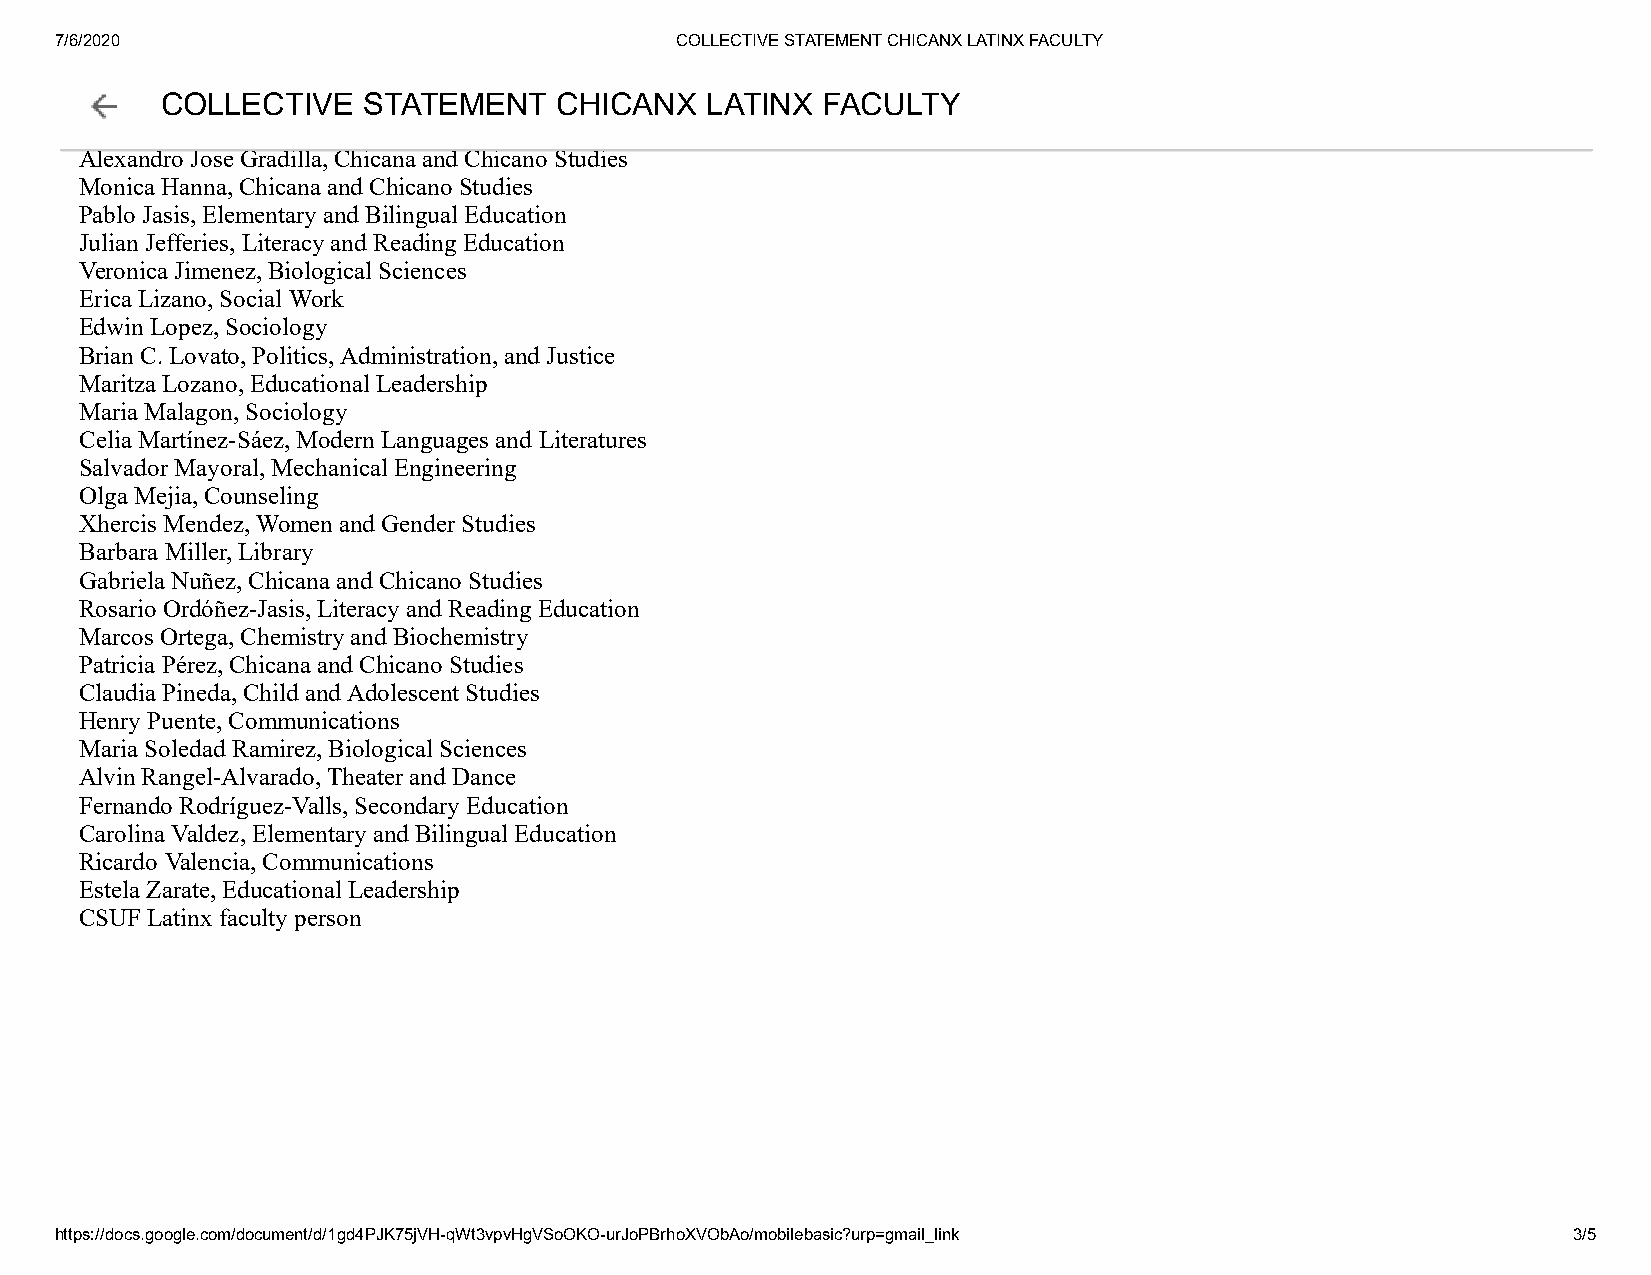
7/6/2020                                 COLLECTIVE STATEMENT CHICANX LATINX FACULTY
 Armando Garza, Elementary and Bilingual Education
 Joyce GoCmOezL-NLaEjaCrrTo,I LVitEer aScyT AanTd ERMeadEinNg TE dCucHatIioCnANX LATINX FACULTY
 Erualdo R. Gonzalez, Chicana and Chicano Studies
 Alexandro Jose Gradilla, Chicana and Chicano Studies
 Monica Hanna, Chicana and Chicano Studies
 Pablo Jasis, Elementary and Bilingual Education
 Julian Jefferies, Literacy and Reading Education
 Veronica Jimenez, Biological Sciences
 Erica Lizano, Social Work
 Edwin Lopez, Sociology
 Brian C. Lovato, Politics, Administration, and Justice
 Maritza Lozano, Educational Leadership
 Maria Malagon, Sociology
 Celia Martínez-Sáez, Modern Languages and Literatures
 Salvador Mayoral, Mechanical Engineering
 Olga Mejia, Counseling
 Xhercis Mendez, Women and Gender Studies
 Barbara Miller, Library
 Gabriela Nuñez, Chicana and Chicano Studies
 Rosario Ordóñez-Jasis, Literacy and Reading Education
 Marcos Ortega, Chemistry and Biochemistry
 Patricia Pérez, Chicana and Chicano Studies
 Claudia Pineda, Child and Adolescent Studies
 Henry Puente, Communications
 Maria Soledad Ramirez, Biological Sciences
 Alvin Rangel-Alvarado, Theater and Dance
 Fernando Rodríguez-Valls, Secondary Education
 Carolina Valdez, Elementary and Bilingual Education
 Ricardo Valencia, Communications
 Estela Zarate, Educational Leadership
 CSUF Latinx faculty person
 https://docs.google.com/document/d/1gd4PJK75jVH-qWt3vpvHgVSoOKO-urJoPBrhoXVObAo/mobilebasic?urp=gmail_link 3/5